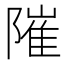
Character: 𨻵